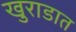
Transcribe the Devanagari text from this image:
खुराडात